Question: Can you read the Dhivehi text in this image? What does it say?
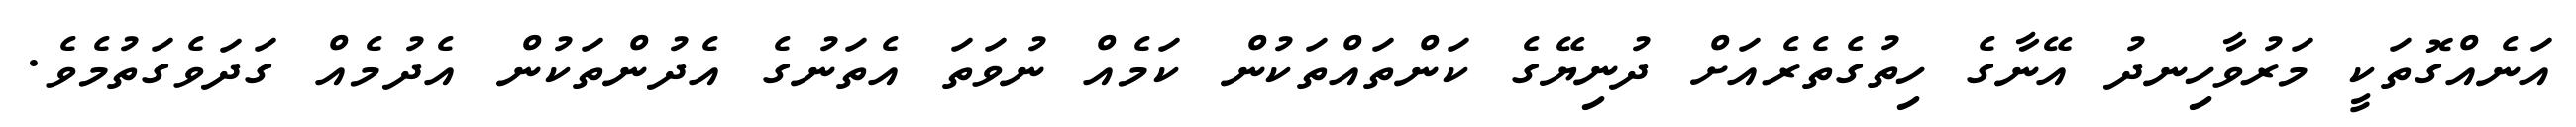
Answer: އަނެއްގޮތަކީ މަރުވާހިނދު އޭނާގެ ހިތުގެތެރެއަށް ދުނިޔޭގެ ކަންތައްތަކުން ކަމެއް ނުވަތަ އެތަނުގެ އެދުންތަކުން އެދުމެއް ގަދަވެގަތުމެވެ.